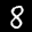
Label: 8